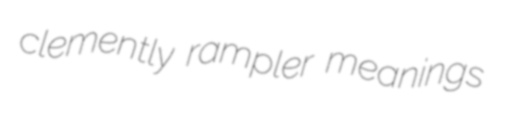
clemently rampler meanings